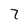
Character: 7